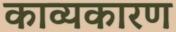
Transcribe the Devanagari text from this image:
काव्यकारण